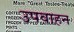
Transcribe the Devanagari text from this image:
उपवाहन